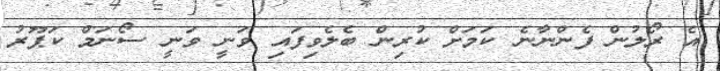
އެ ރޯލުން ފެންނާނެ ކަމަށް ކުރިން ބެލެވިފައި ވަނީ ވަނީ ސޯނަމް ކަޕޫރު